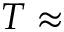
T \approx